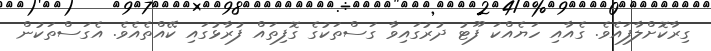
ގިރާކޮށްލާފައެވެ. ގެއާއި ހަޔެއްކަ ފޫޓު ދުރުގައިވާ ގަސްތަކުގެ ގޮފިތައް ފުރާޅުގައި ކޭއްތެއެވެ. އެގަސްތަކުން